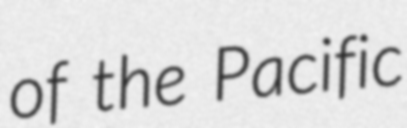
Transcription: of the Pacific